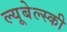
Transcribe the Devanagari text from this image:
ल्यूबेल्स्की